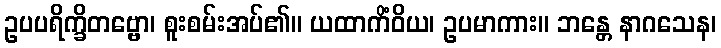
ဥပပရိက္ခိတဗ္ဗော၊ စူးစမ်းအပ်၏။ ယထာကိံဝိယ၊ ဥပမာကား။ ဘန္တေ နာဂသေန၊